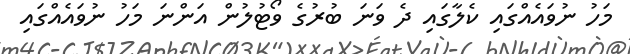
މަހު ނުވައެއްގައި ކެލާގައި ދެ ވަނަ ބުރުގެ ވޯޓުލުން އަންނަ މަހު ނުވައެއްގައި